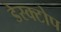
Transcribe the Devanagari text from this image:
डेस्क्टोप